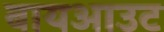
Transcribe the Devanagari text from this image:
बायआउट